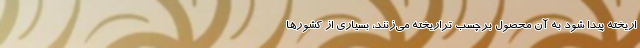
اریخته پیدا شود به آن محصول برچسب تراریخته می‌زنند، بسیاری از کشورها